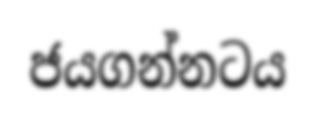
ජයගන්නටය